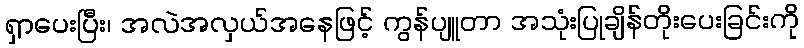
ရှာပေးပြီး၊ အလဲအလှယ်အနေဖြင့် ကွန်ပျူတာ အသုံးပြုချိန်တိုးပေးခြင်းကို